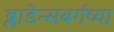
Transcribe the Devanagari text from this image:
ब्लाडेन्सबर्गच्या